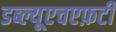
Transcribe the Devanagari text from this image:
डब्ल्यूएचएफ़टी